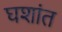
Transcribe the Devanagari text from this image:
घशांत